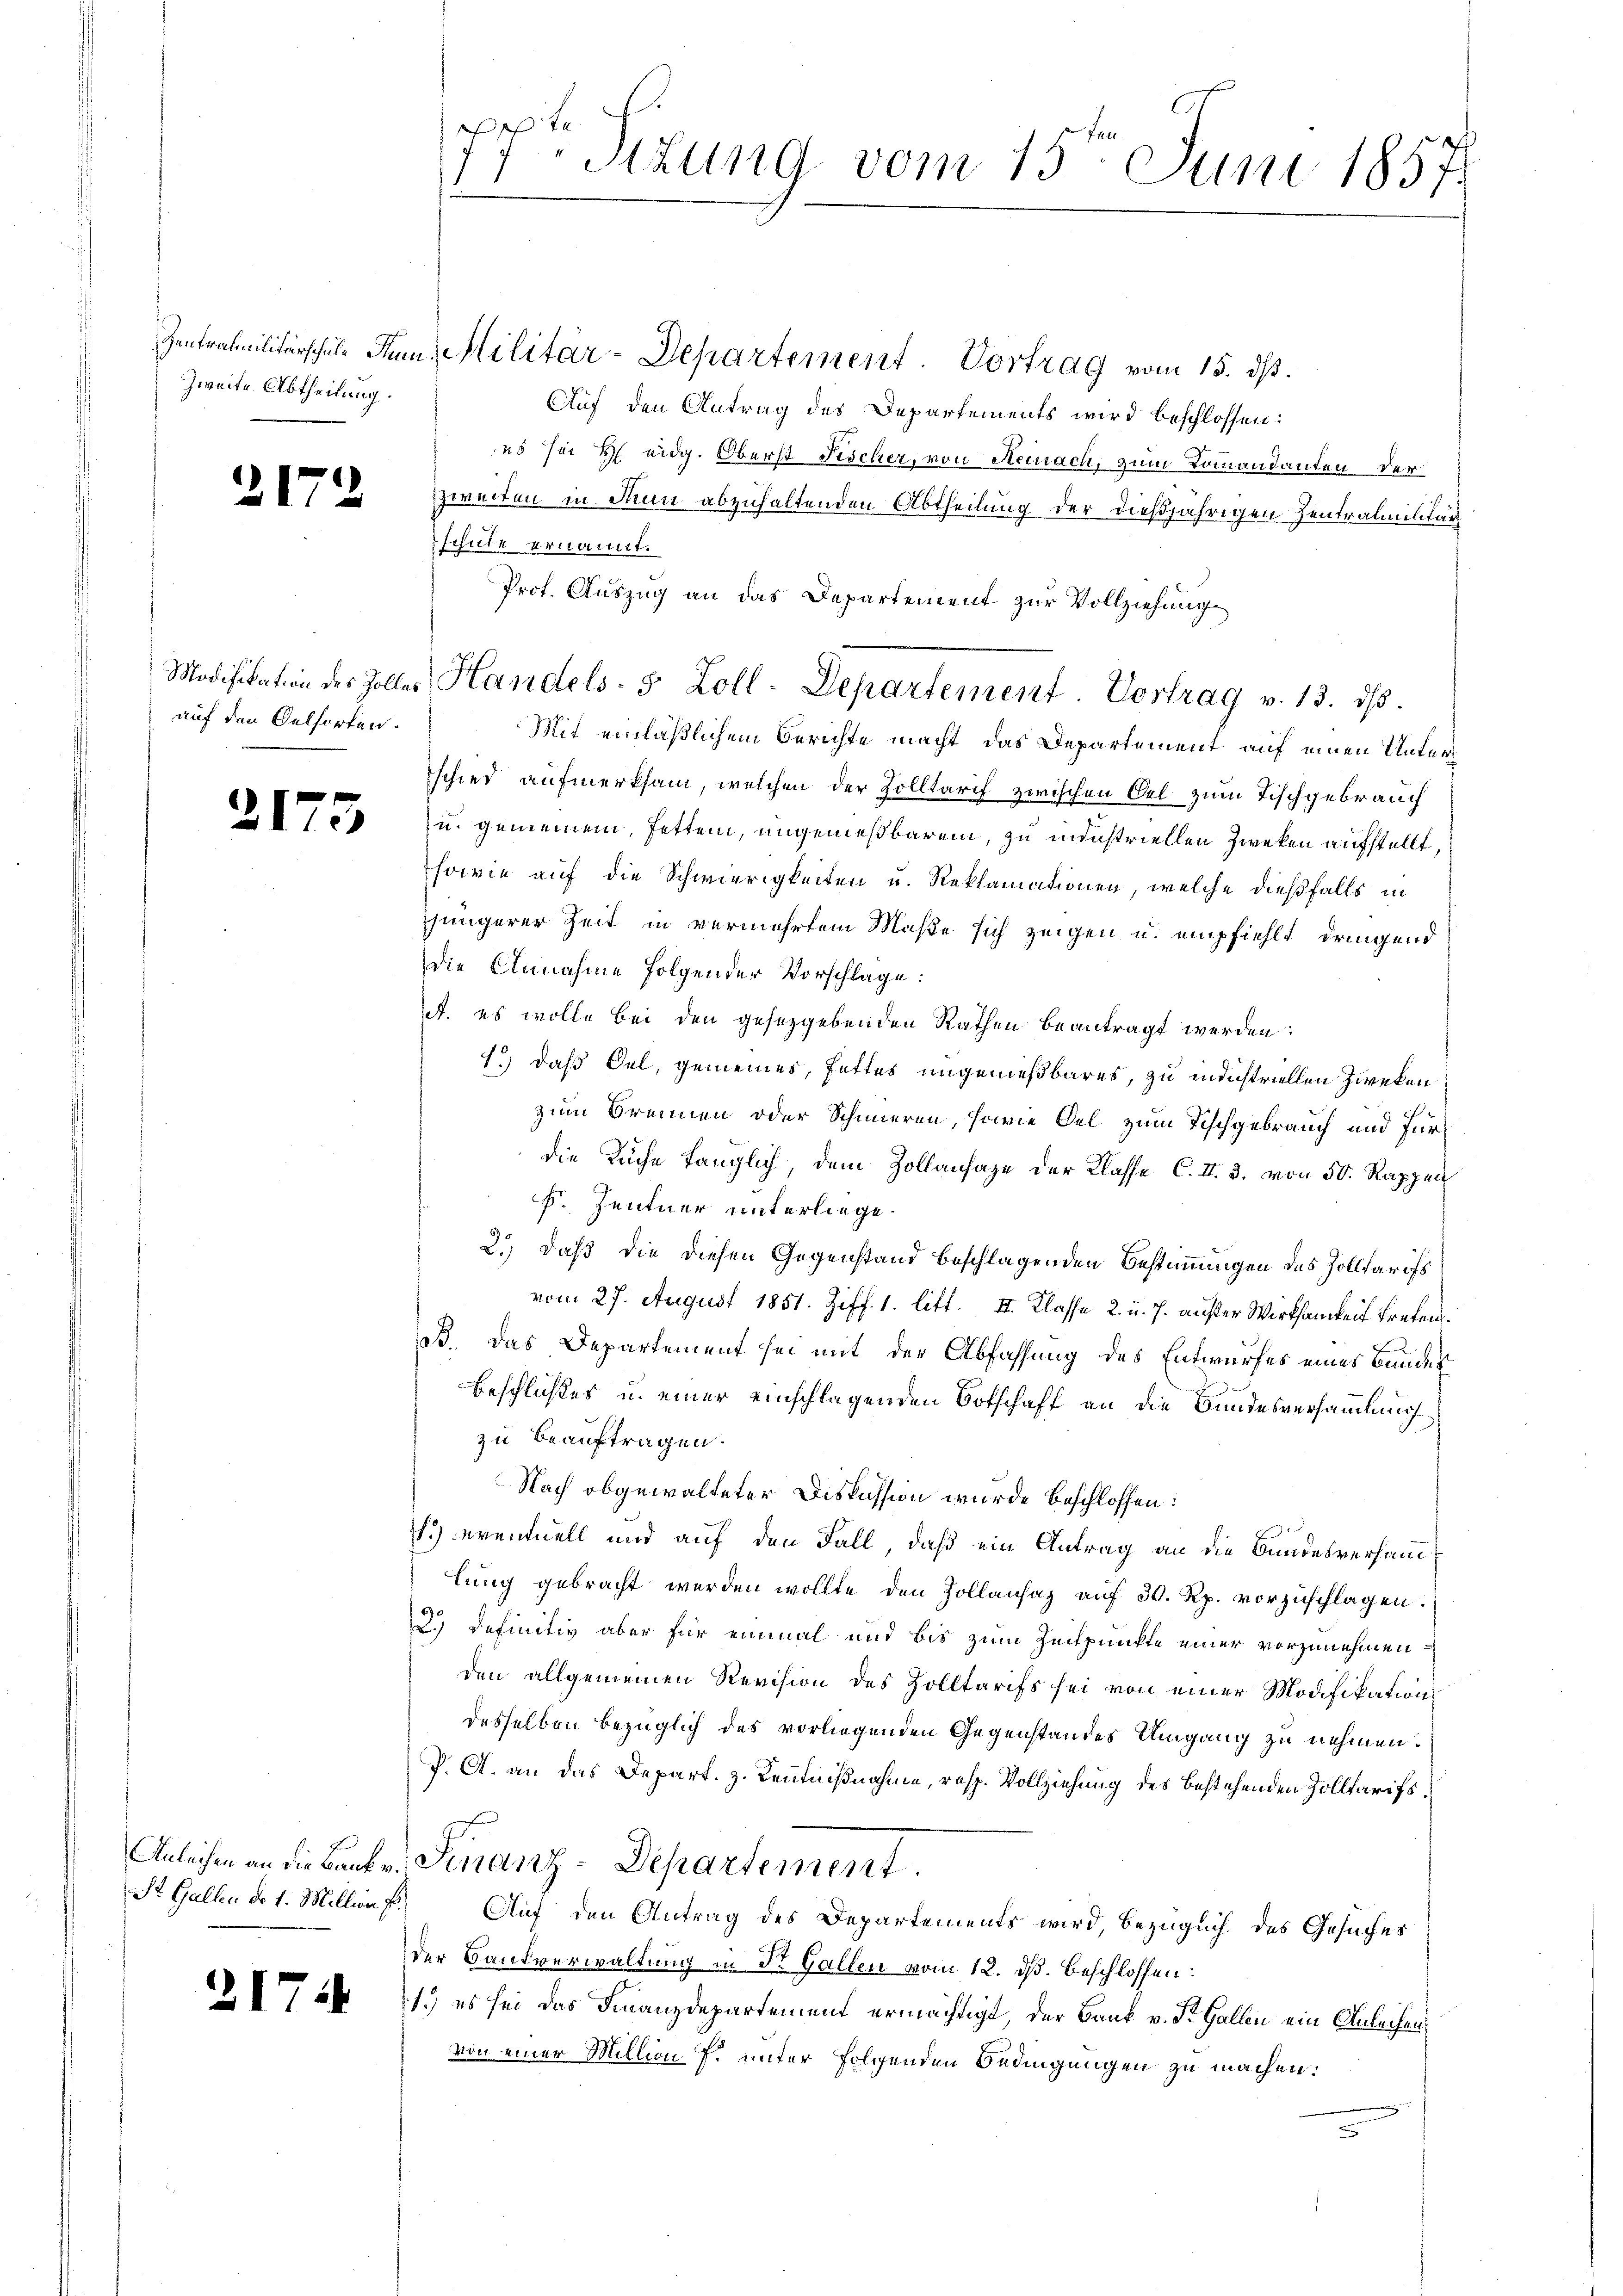
Zweite Abtheilung.

21.

auf den Oelhörten.

2175

2171

te
Sizung vom 15ten Juni 1857.

Zentrahmilitärschule Sum. Militär-Departement. Vortrag vom 15. dß.
Auf den Antrag des Departements wird beschlossen:
ns sei es eidg. Oberst Fischer, von Steinach, zum Kommandanten der
zweiten in Nun abzuhaltenden Abtheilung der dießjährigen Zentralmilitär
schule ernannt.
Prof. Auszug an das Departement zur Vollziehung
Mit einläßlichem Berichte macht das Departement auf einen Unterschied aufmerksam, welchen der Zolltarif zwischen Oel zum Tischgebrauch
u. gemeinem, Fetten, ungemeßbarem, zu industriellen Zweken aufstellt,
sowie auf die Schwierigkeiten u. Reklamationen, welche dießfalls in
jüngerer Zeit in vermehrtem Maße sich zeigen u. empfiehlt dringend
die Annahme folgender Vorschlage:
A. es wolle bei den gesetzgebenden Rathen beantragt werden:
1.) daß Oel, gemeines, Fettes ungenießbares, zu industriellen Zweken
zum Brennen oder Schmieren, sowie Oel zum Tischgebrauch und Fürdie Küche fänglich, dem Zollansage der Klasse C. II. 3. von 50. Rappen
F. Zentner unterliege.
2.) Daß die diesen Gegenstand beschlagenden Bestimmungen des Zolltarifs
vom 27. August 1851. Ziff. 1. litt. II. Klasse 2. u. J. außer Wirksamkeit treten.
Bs. Das Departement sei mit der Abfassung des Entwurfes eines Bundes
Beschlußes u. einer einschlagenden Botschaft an die Bundesversammlung
zu beauftragen.
Nach abgewalteter Diskussion wurde beschlossen:
.) eventuell und auf den Fall, daß ein Antrag an die Bundesversamlung gebracht werden wollte den Zollansaz auf 30 Rp. vorzuschlagen.
2.) Definitiv aber für einmal und bis zum Zeitpunkte einer vorzunehmen:
den allgemeinen Revision des Zolltarifs sei von einer Modifikation
desselben bezüglich des vorliegenden Gegenstandes Umgang zu nehmen.
P. A. an das Depart. z. Kenntnißnahme, resp. Vollziehung des bestehenden Zolltarifs,
Anleichen an die Benke. Finanz-Departement.
St. Gallen d. 1. Millins Auf den Antrag des Departements wird, bezüglich des Gesuches
der Bankverwaltung in Dr. Gallen vom 12. ds. beschlossen:
1.) es sei das Finanzdepartement ermächtigt, der Bank v. St. Gallen ein Anleihen
von einer Million f. unter folgenden Bedingungen zu machen:
.

Modifikation des Zolles Handels- 5 Zoll-Departement. Vortrag v. 13. dβ.